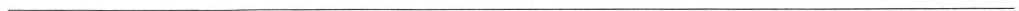
___